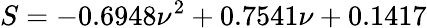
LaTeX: S=-0.6948\nu^{2}+0.7541\nu+0.1417